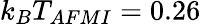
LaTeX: k_{B}T_{AFMI}=0.26